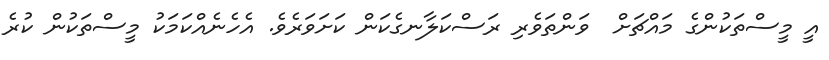
އީ މީސްތަކުންގެ މައްޗަށް  ވަންތަވެރި ރަސްކަލާނގެކަން ކަށަވަރެވެ. އެހެނެއްކަމަކު މީސްތަކުން ކުރެ